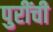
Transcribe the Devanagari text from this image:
पुरींची